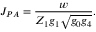
J _ { P A } = \frac { w } { Z _ { 1 } g _ { 1 } \sqrt { g _ { 0 } g _ { 4 } } } .